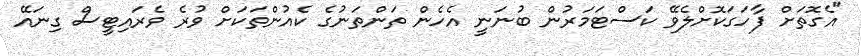
"އެގޮތަށް ފާހަގަކޮށްލެވޭ ކަސްޓަމަރުން ބުނަނީ އެހެން ތަންތަނުގެ ކެއުންތަކަށް ވުރެ ވެރައިޓީސް ގިނައޭ